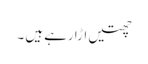
چھتیں اڑا رہے ہیں ۔